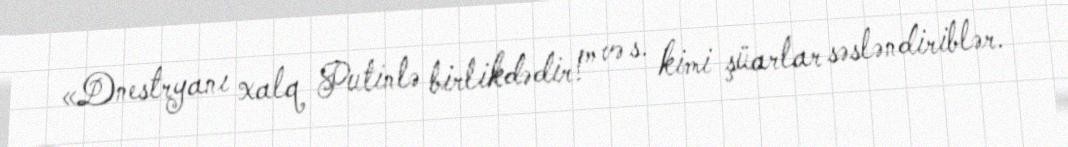
«Dnestryanı xalq Putinlə birlikdədir!” və s. kimi şüarlar səsləndiriblər.